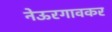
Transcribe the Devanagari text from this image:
नेऊरगावकर